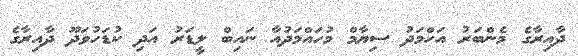
ދާއިރާގެ މެންބަރު އަހްމަދު ސިޔާމް މުހައްމަދުއާ ނައިބް ލީޑަރު އަދި ކުޑަހުވަދޫ ދާއިރާގެ